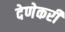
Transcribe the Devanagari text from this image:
देणेकरी